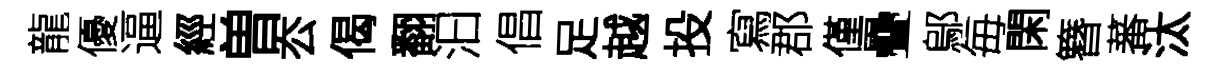
龍優逼經曽厺偈翻汩倡足越投寫郡僅疊鄔毎閑簪蕃汰